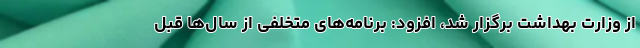
از وزارت بهداشت برگزار شد، افزود: برنامه‌های متخلفی از سال‌ها قبل